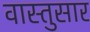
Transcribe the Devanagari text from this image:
वास्तुसार